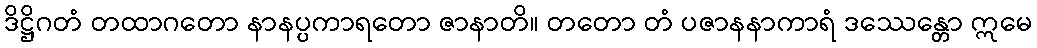
ဒိဋ္ဌိဂတံ တထာဂတော နာနပ္ပကာရတော ဇာနာတိ။ တတော တံ ပဇာနနာကာရံ ဒဿေန္တော ဣမေ